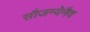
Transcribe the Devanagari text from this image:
सौजन्येनैव